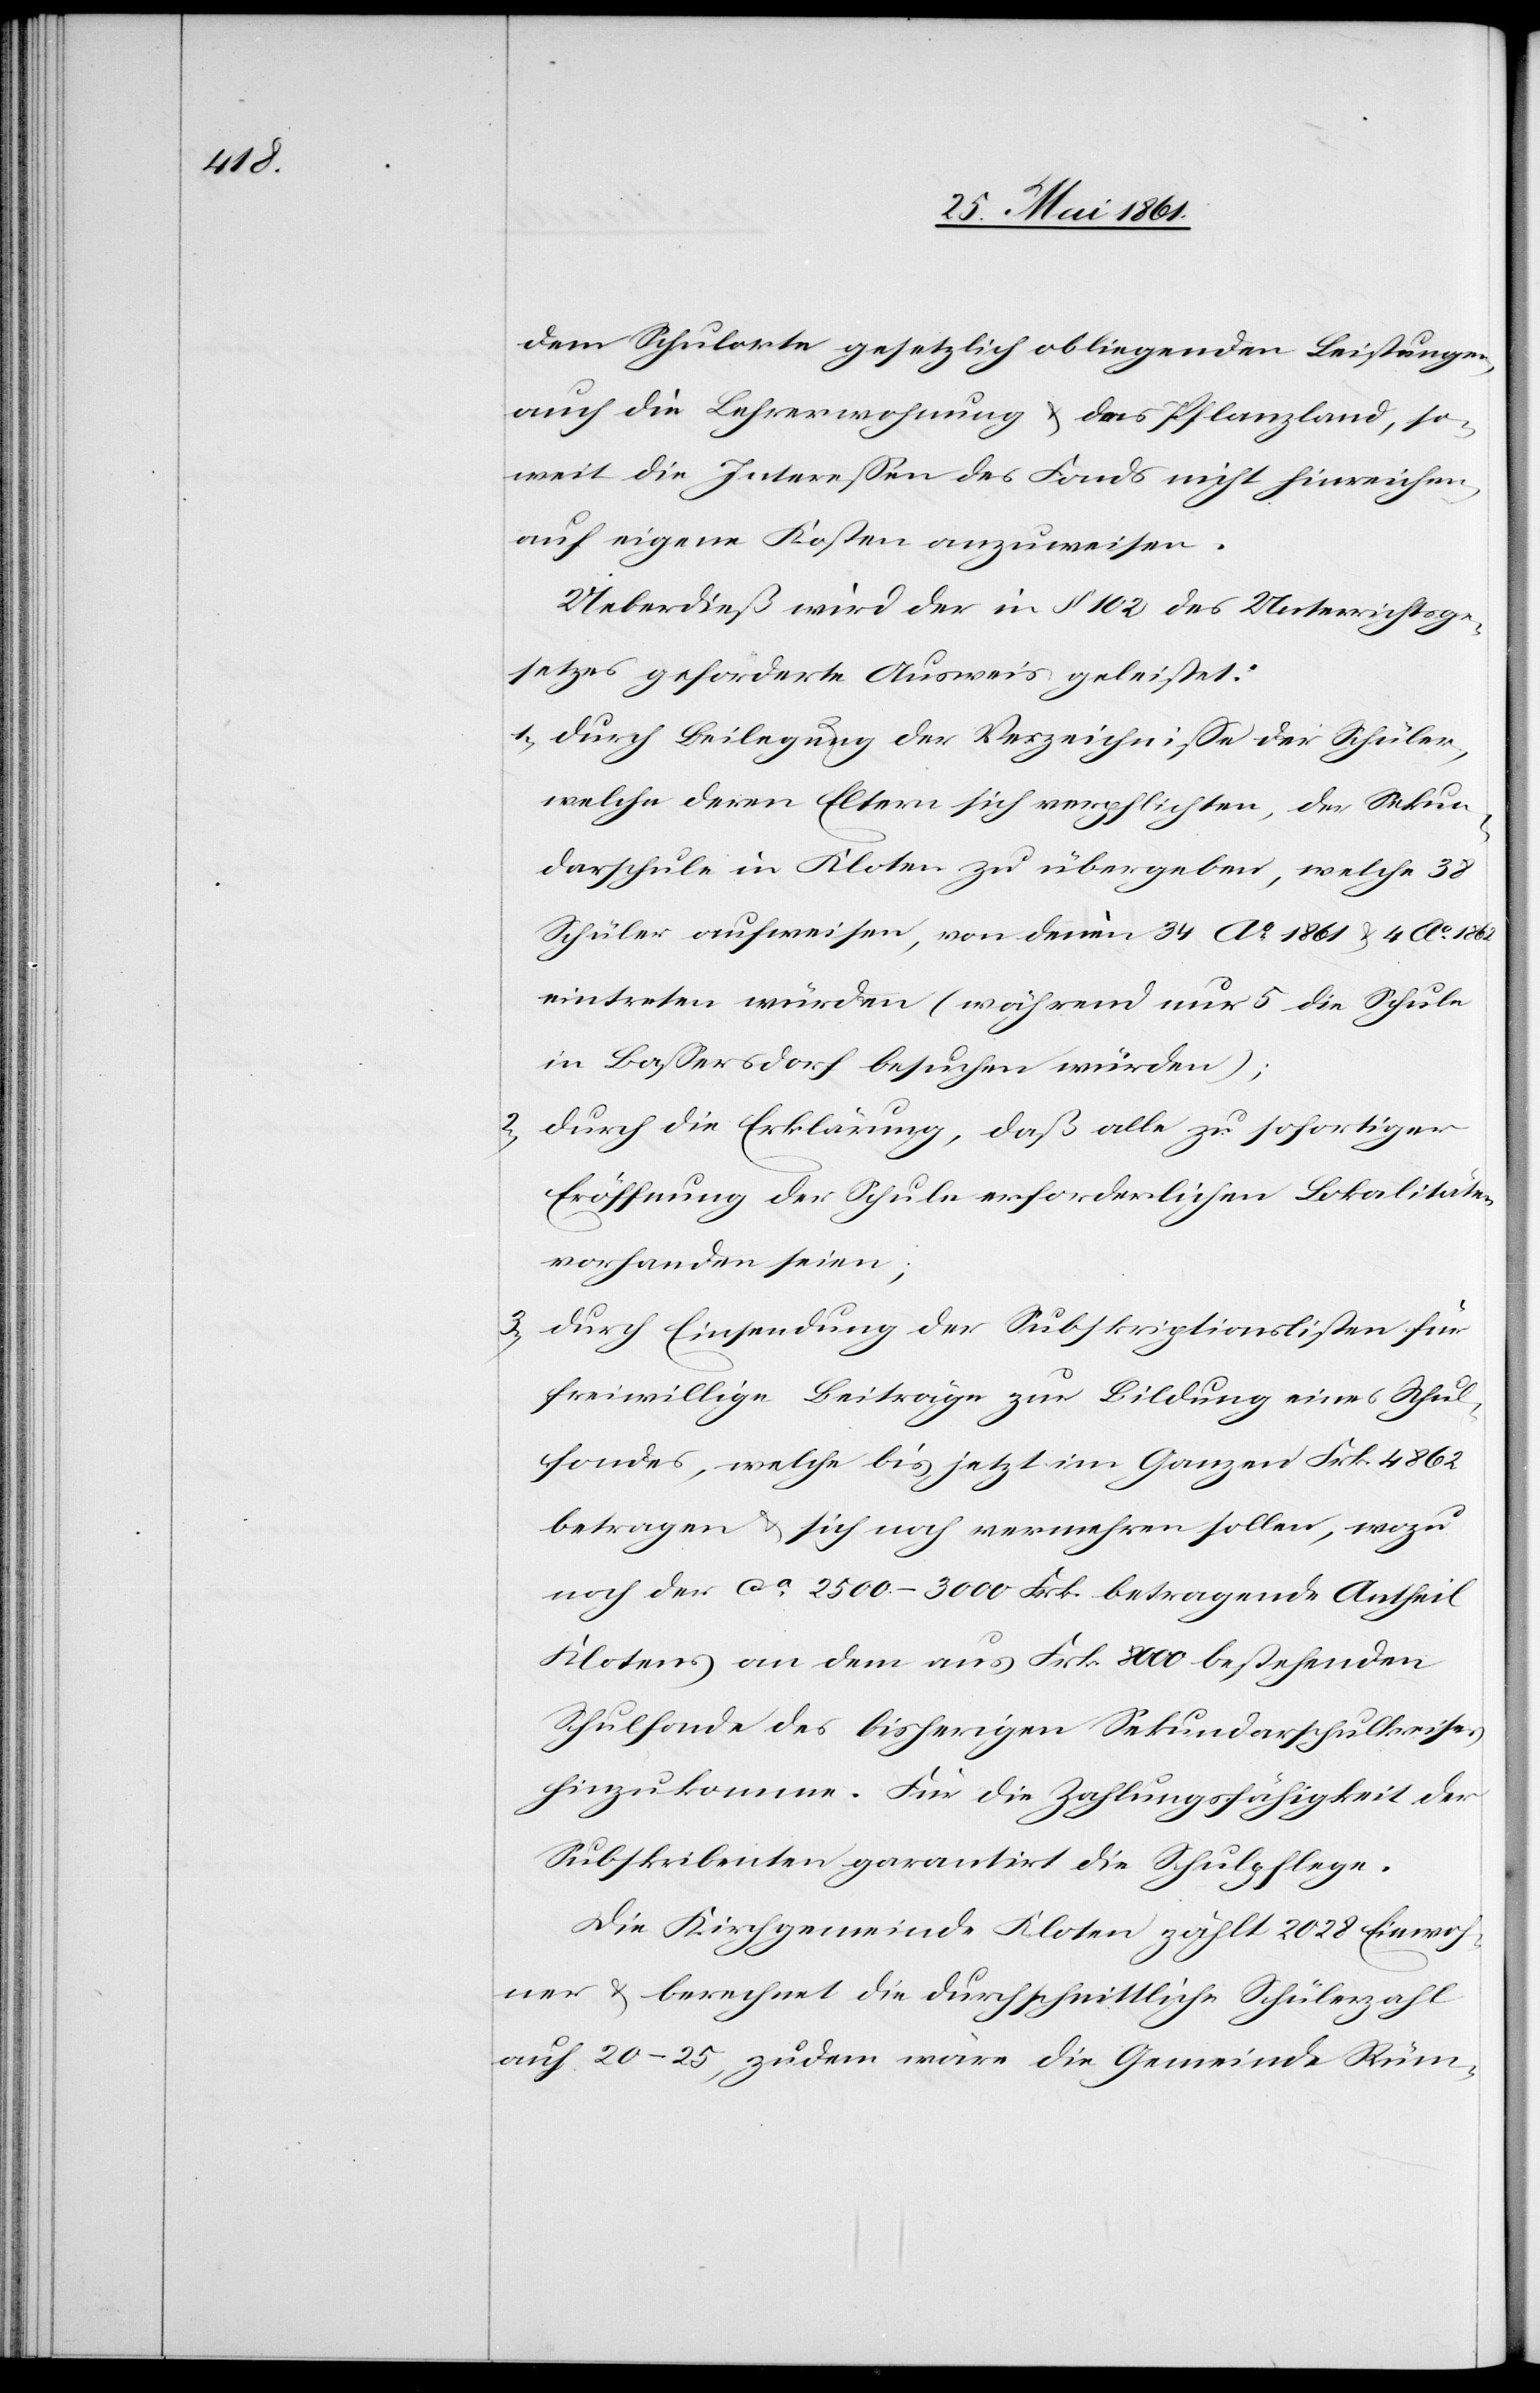
dem Schulorte gesetzlich obliegenden Leistungen
auch die Lehrerwohnung u. das Pflanzenland, so¬
weit die Interessen des Fonds nicht hinreichen
auf eigene Kosten anzuweisen.
Ueberdieß wird der in §. 102 des Unterrichtsge¬
setzes geforderte Ausweis geleistet:
1) durch Beilegung der Verzeichnisse der Schüler,
welche deren Eltern sich verpflichten, der Sekun¬
darschule in Kloten zu übergeben, welche 38
Schüler aufweisen, von denen 34 Ao 1861 u. 4 Ao 1862
eintreten würden (während nur 5 die Schule
in Bassersdorf besuchen würden);
2) durch die Erklärung, daß alle zu sofortiger
Eröffnung der Schule erforderlichen Lokalitäten
vorhanden seien;
3) durch Einsendung der Subskriptionslisten für
freiwillige Beiträge zur Bildung eines Schul¬
fondes, welche bis jetzt im Ganzen Frk. 4862
betragen u. sich noch vermehren sollen, wozu
noch der ca 2500–3000 Frk. betragende Antheil
Klotens an dem aus Frk. 8100 bestehenden
Schulfonde des bisherigen Sekundarschulkreises
hinzukomme. Für die Zahlungsfähigkeit der
Subskribenten garantirt die Schulpflege.
Die Kirchgemeinde Kloten zählt 2028 Einwoh¬
ner u. berechnet die durchschnittliche Schülerzahl
auf 20–25, zudem wäre die Gemeinde Rüm-